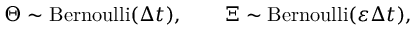
\Theta \sim \operatorname { B e r n o u l l i } ( \Delta { t } ) , \qquad \Xi \sim \operatorname { B e r n o u l l i } ( \varepsilon \Delta { t } ) ,